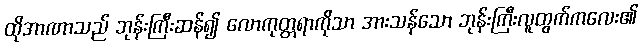
ထိုအာဏာသည် ဘုန်းကြီးဆန်၍ လောကုတ္တရာကိုသာ အားသန်သော ဘုန်းကြီးလူထွက်ကလေး၏